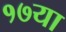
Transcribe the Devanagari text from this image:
१७या